Annual report on the working of the mental hospitals in the Madras Presidency - 1912-1932
Year: 1912
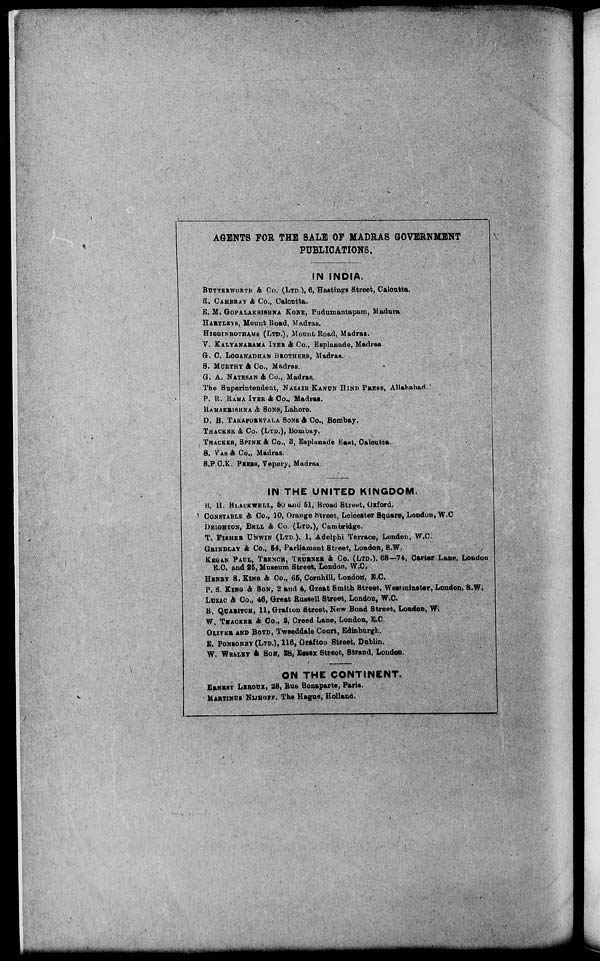
AGENTS FOR THE SALE OF MADRAS GOVERNMENT
PUBLICATIONS.
IN INDIA.
BUTTERWORTH & Co. (LTD.), 6, Hastings Street, Calcutta.
R.CAMBRAY Co., Calcutta.
E. M. GOPALAKRISHNA KONE, Pudumantapam, Madura
HARTLEYS, Mount Road, Madras.
HIGGINBOTHAMS (LTD.), Mount Road, Madras.
V. KALYANARAMA IYER & Co., Esplanade, Madras
G. C. LOGANADHAM BROTHERS, Madras.
S. MURTHY & Co., Madras.
G. A. NATESAN & Co., Madras.
The Superintendent, NAZAIR KANUN HIND PRESS, Allahabad
P. R. RAMA IYER & Co., Madras.
RAMAKRISHNA & SONG, Lahore.
D. B. TARAPOREVALA SONS & Co., Bombay.
THACKER & Co. (LTD.), Bombay.
THACKER, SPINK & Co., 3, Esplanade East, Calcutta.
S. VAS & Co., Madras.
S.P.C.K. PRESS, Vepery, Madras.
IN THE UNITED KINGDOM.
B. H. BLACKWELL, 50 and 51, Broad Street, Oxford.
CONSTABLE & Co., 10, Orange Street, Leicester Square, London, W.C
DEIGHTON, BELL & Co. (LTD.), Cambridge.
T. FISHER UNWIN (LTD.), 1, Adelphi Terrace, London, W.C.
GRINDLAY & Co., 54, Parliament Street, London, S.W.
KEGAN PAUL, TRENCH, TRUBNER & Co. (LTD.), 68—74, Carter Lane, London
E.G. and 25, Museum Street, London, W.C.
HENRY S. KING & Co., 65, Cornhill, London, E.C.
P. S. KING & SON, 2 and 4, Great Smith Street, Westminster, London, S.W.
LUZAC & Co., 46, Great Russell Street, London, W.C.
B. QUARITCH, 11, Grafton Street, New Bond Street, London, W.
W. THACKER & Co., 2, Creed Lane, London, E.C.
OLIVER AND BOYD, Tweeddale Court, Edinburgh.
E. PONSONBY (LTD.), 116, Grafton Street, Dublin.
W. WESLEY & SON, 28, Essex Street, Strand, London.
ON THE CONTINENT.
ERNEST LEROUX, 28, Rue Bonaparte, Paris.
MARTINUS NIJHOFF, The Hague, Holland.